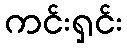
ကင်းရှင်း